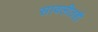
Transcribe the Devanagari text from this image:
सावलीतही